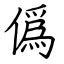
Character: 僞